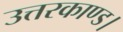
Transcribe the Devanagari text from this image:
उत्तरकाण्ड।